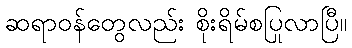
ဆရာဝန်တွေလည်း စိုးရိမ်စပြုလာပြီ။